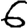
Digit: 6